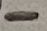
Text: -